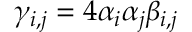
\gamma _ { i , j } = 4 \alpha _ { i } \alpha _ { j } \beta _ { i , j }